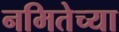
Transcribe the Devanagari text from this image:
नमितेच्या